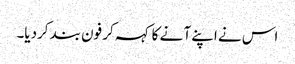
اس نے اپنے آ نے کا کہہ کر فون بند کردیا۔